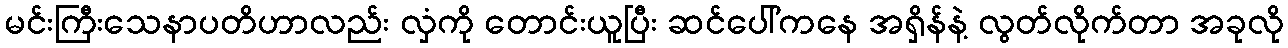
မင်းကြီးသေနာပတိဟာလည်း လှံကို တောင်းယူပြီး ဆင်ပေါ်ကနေ အရှိန်နဲ့ လွတ်လိုက်တာ အခုလို